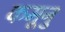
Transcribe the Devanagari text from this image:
कमूनु